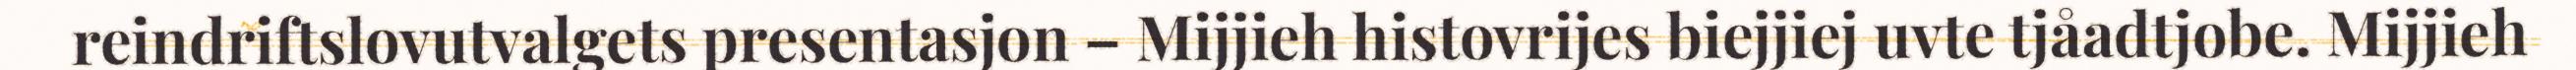
reindriftslovutvalgets presentasjon – Mijjieh histovrijes biejjiej uvte tjåadtjobe. Mijjieh